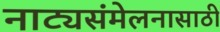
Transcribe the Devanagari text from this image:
नाट्यसंमेलनासाठी